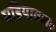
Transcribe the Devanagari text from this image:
घडियावल॰